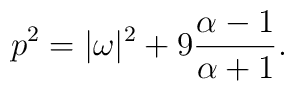
p^2 = |\omega|^2 + 9 {\alpha -1 \over \alpha +1}.